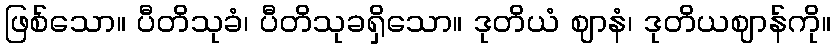
ဖြစ်သော။ ပီတိသုခံ၊ ပီတိသုခရှိသော။ ဒုတိယံ ဈာနံ၊ ဒုတိယဈာန်ကို။